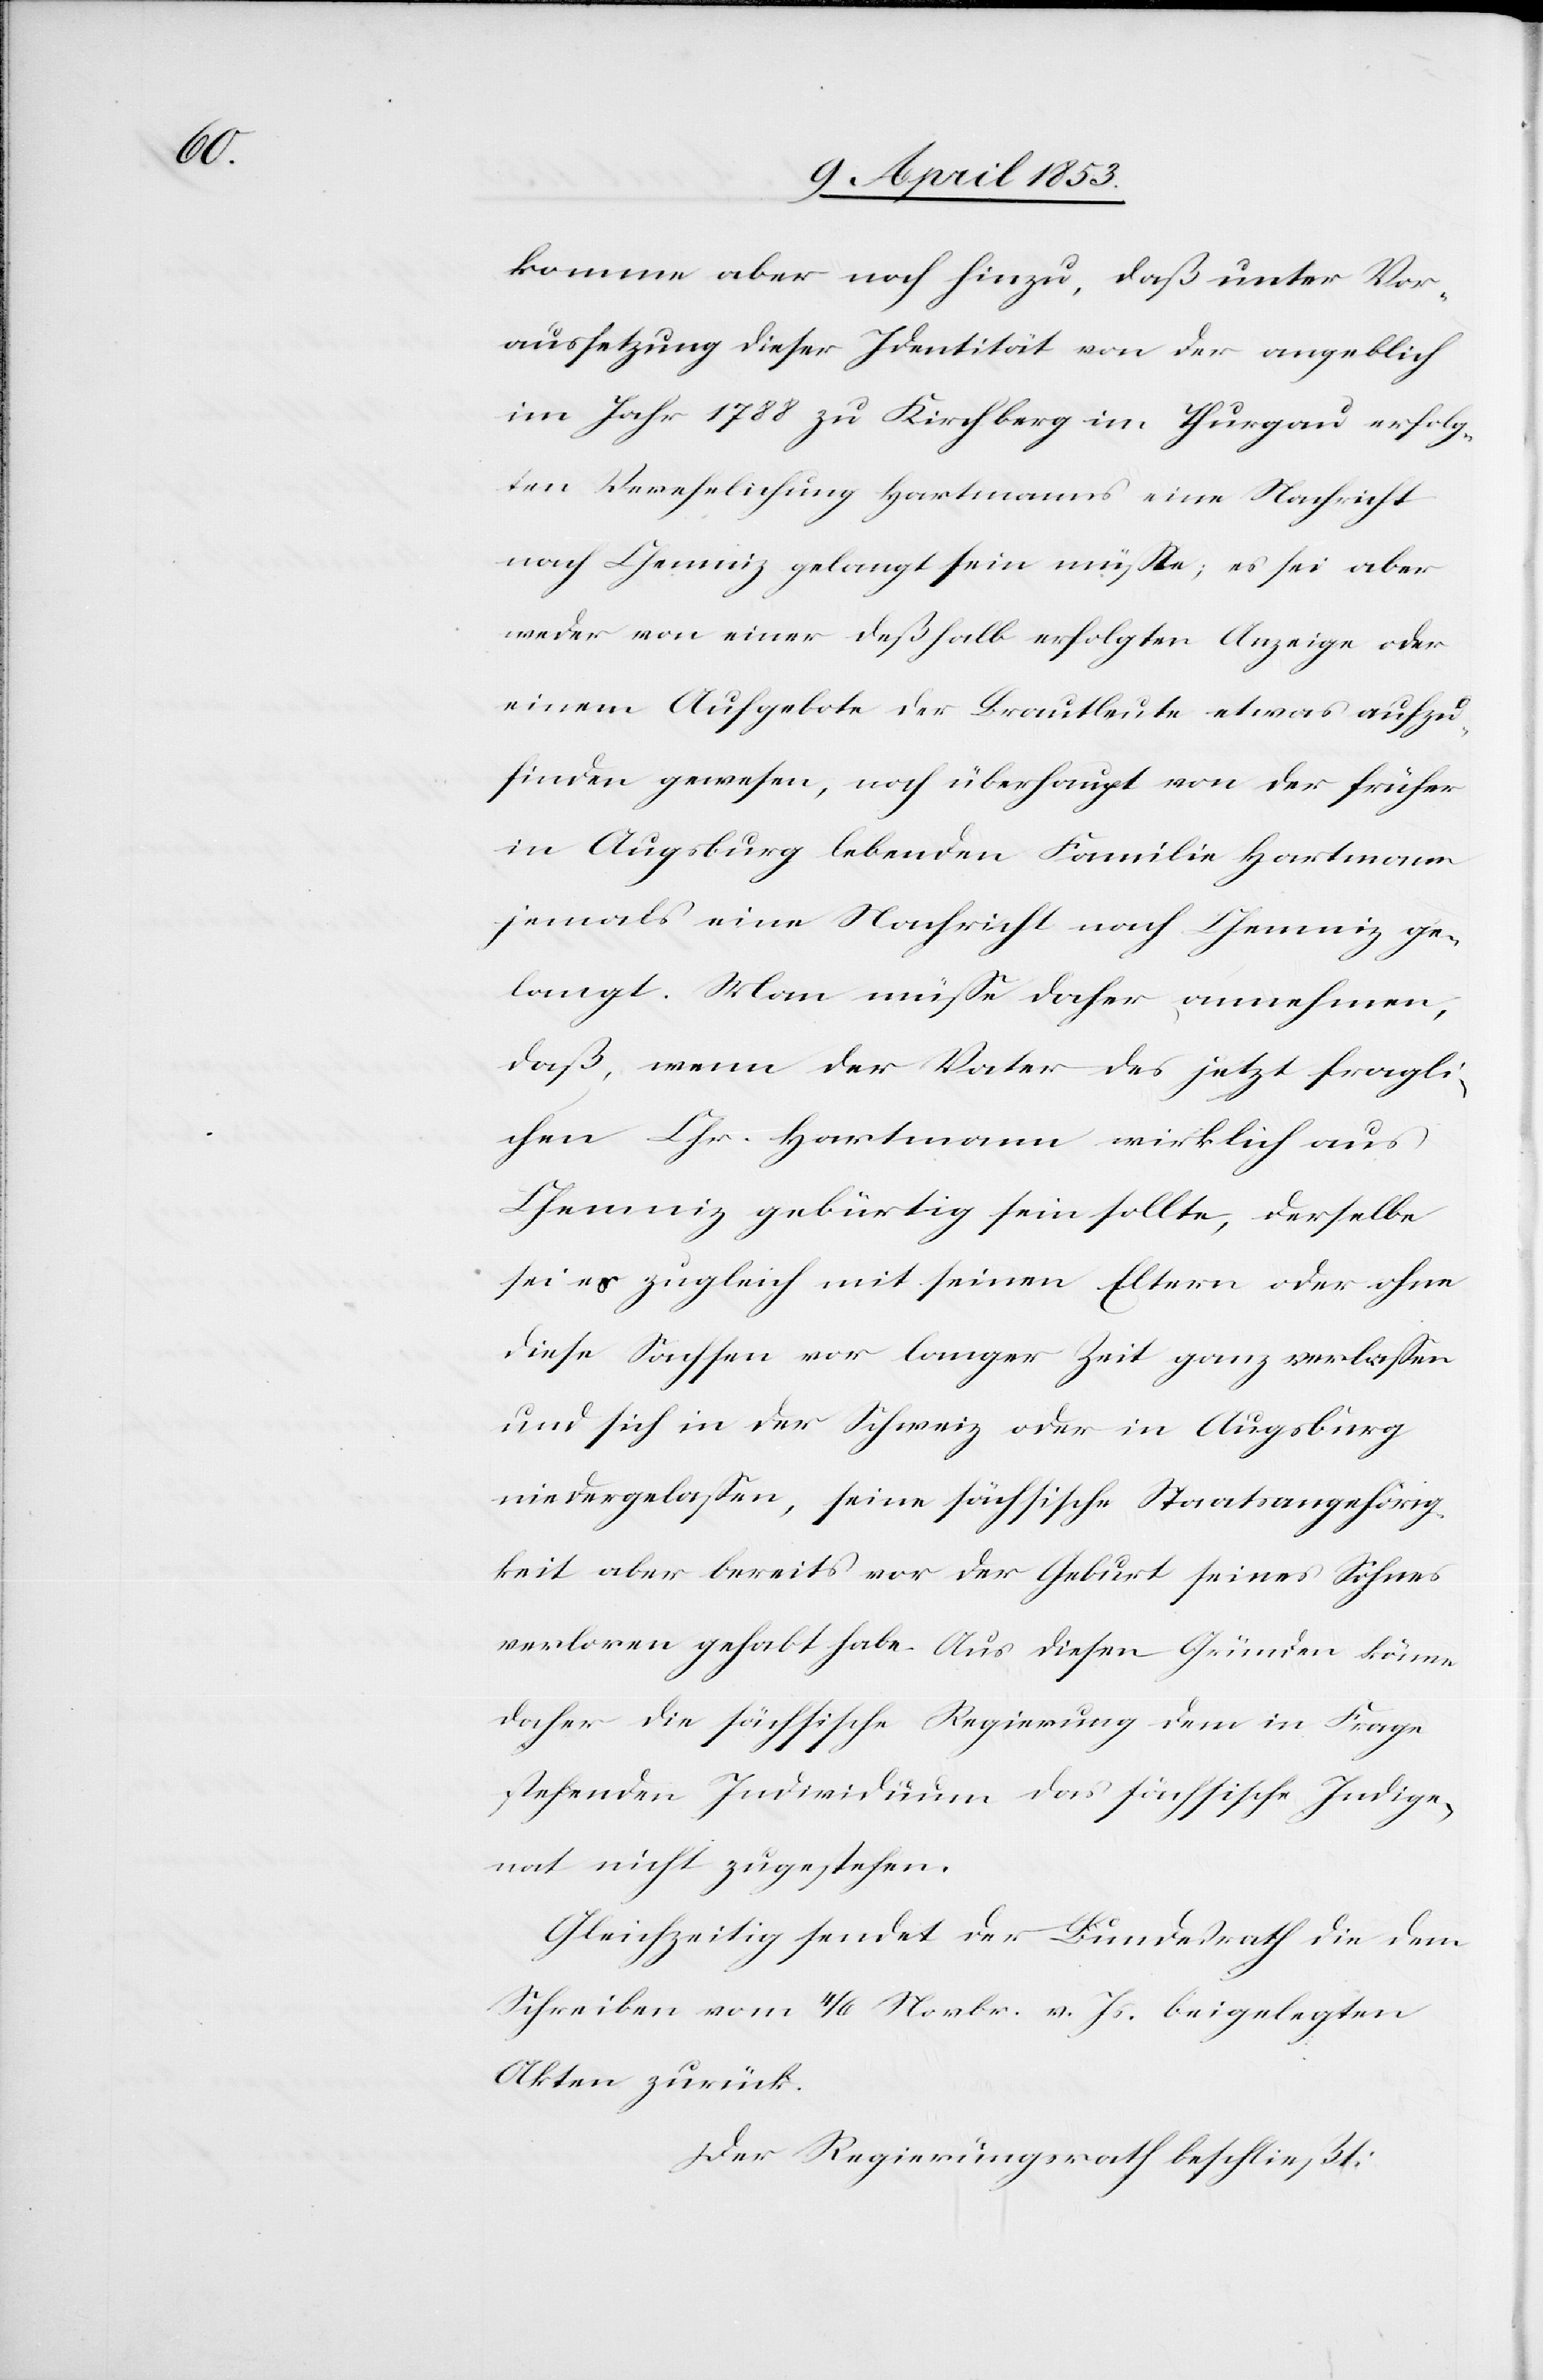
komme aber noch hinzu, daß unter Vor¬
aussetzung dieser Identität von der angeblich
im Jahr 1788 zu Kirchberg in Thurgau erfolg¬
ten Verehelichung Hartmanns eine Nachricht
nach Chemniz gelangt sein müße, es sei aber
weder von einer deßhalb erfolgten Anzeige oder
einem Aufgebote der Brautleute etwas aufzu¬
finden gewesen, noch überhaupt von der früher
in Augsburg lebenden Familie Hartmann
jemals eine Nachricht nach Chemniz ge¬
langt. Man müße daher, annehmen,
daß, wenn der Vater des jetzt fragli¬
chen Chr. Hartmann wirklich aus
Chemniz gebürtig sein sollte, derselbe
sei es zugleich mit seinen Eltern oder ohne
diese Sachsen vor langer Zeit ganz verlaßen
und sich in der Schweiz oder in Augsburg
niedergelaßen, seine sächsische Staatsangehörig¬
keit aber bereits vor der Geburt seines Sohnes
verloren gehabt habe. Aus diesen Gründen könne
daher die sächsische Regierung dem in Frage
stehenden Individuum das sächsische Indige¬
nat nicht zugestehen.
Gleichzeitig sendet der Bundesrath die dem
Schreiben vom 4/6 Novbr. vor. Js. beigelegten
Akten zurück.
Der Regierungsrath beschließt: